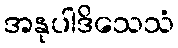
အနုပါဒိသေသံ